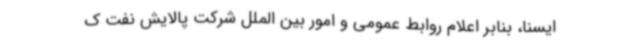
ایسنا، بنابر اعلام روابط عمومی و امور بین الملل شرکت پالایش نفت ک